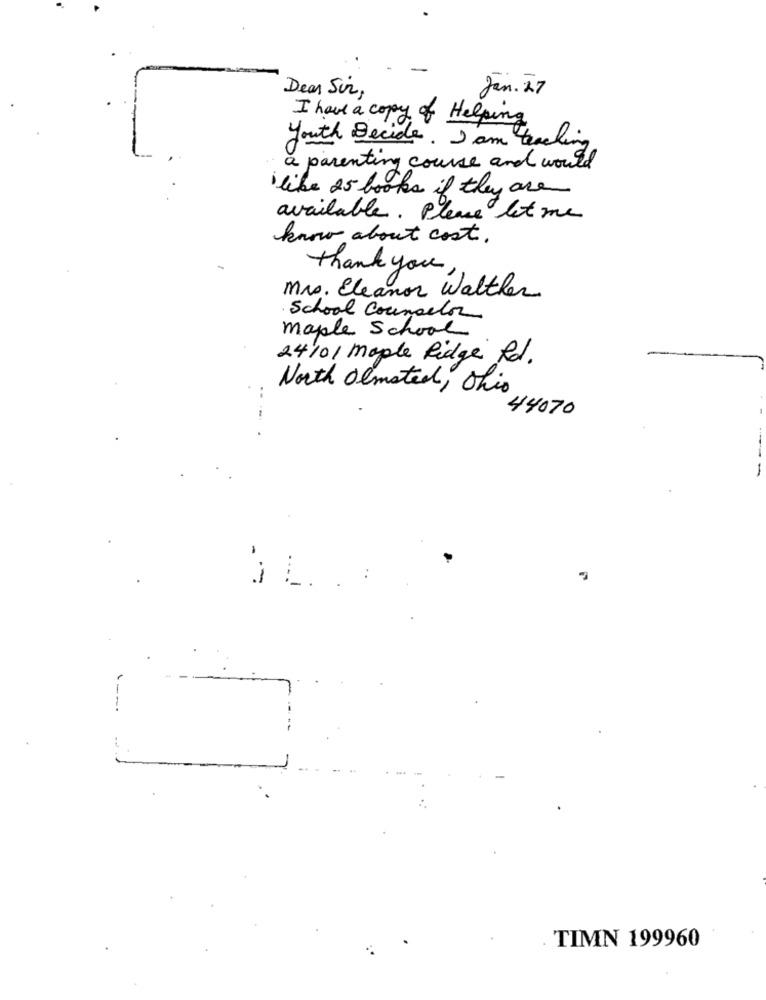
Jan. 27
Dear Sur,
I have a copy of Helping
Youth Decide. I am teaching
a parenting course and would
like 25 books if they are
available. Please let me
know about cost.
thank you
Mrs. Eleanor Walther
School Counselor
maple School
24/01 maple Ridge Rd.
..
North Olmsted , This
44070
-
TIMN 199960